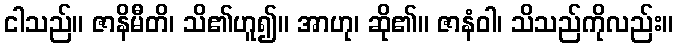
ငါသည်။ ဇာနိမီတိ၊ သိ၏ဟူ၍။ အာဟု၊ ဆို၏။ ဇာနံဝါ၊ သိသည်ကိုလည်း။